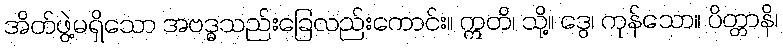
အိတ်ဖွဲ့မရှိသော အဗဒ္ဓသည်းခြေလည်းကောင်း။ ဣတိ၊ သို့။ ဒွေ၊ ကုန်သော။ ပိတ္တာနိ၊